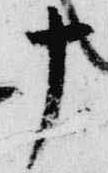
十